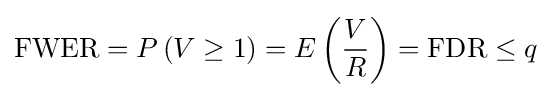
\mathrm {FWER} =P\left(V\geq 1\right)=E\left({\frac {V}{R}}\right)=\mathrm {FDR} \leq q